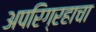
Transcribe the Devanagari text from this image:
अपरिग्रहाचा